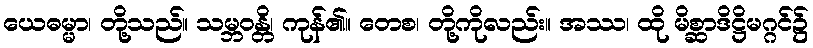
ယေဓမ္မာ၊ တို့သည်။ သမ္ဘဝန္တိ၊ ကုန်၏။ တေစ၊ တို့ကိုလည်း။ အဿ၊ ထို မိစ္ဆာဒိဋ္ဌိမဂ္ဂင်၌